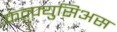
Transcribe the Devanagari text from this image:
कन्फ़्युसिअस